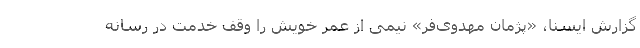
گزارش ایسنا، «پژمان مهدوی‌فر» نیمی از عمر خویش را وقف خدمت در رسانه